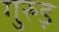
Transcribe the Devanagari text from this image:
गुरुड़